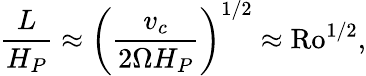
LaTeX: {\frac{L}{H_{P}}}\approx\left({\frac{v_{c}}{2\Omega H_{P}}}\right)^{1/2}\approx\mathrm{Ro}^{1/2},